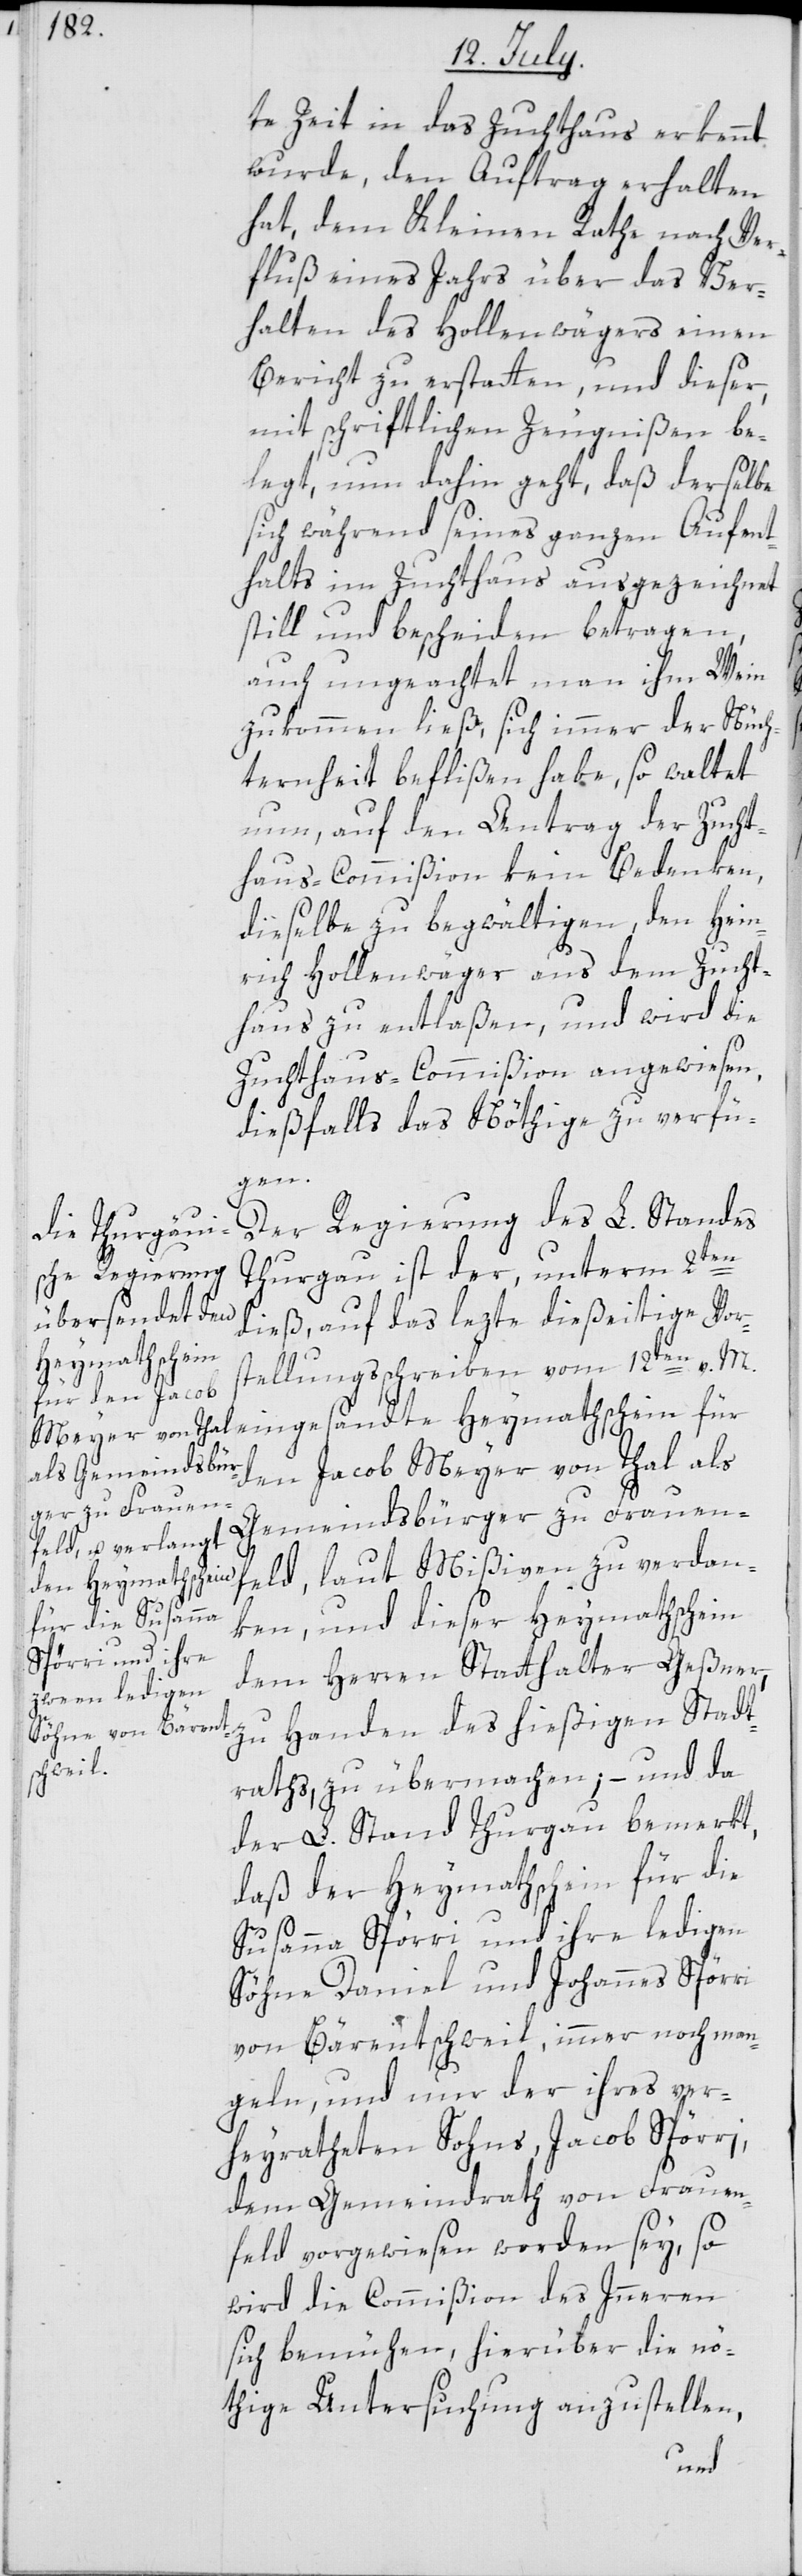
te Zeit in das Zuchthaus erkennt
wurde, den Auftrag erhalten
hat, dem Kleinen Rathe nach Ver¬
fluß eines Jahrs über das Ver¬
halten des Hollenwägers einen
Bericht zu erstatten, und dieser,
mit schriftlichen Zeugnißen be¬
legt, nun dahin geht, daß derselbe
sich während seines ganzen Aufent¬
halts im Zuchthaus ausgezeichnet
still und bescheiden betragen,
auch ungeachtet man ihm Wein
zukommen ließ, sich immer der Nüch¬
ternheit beflißen habe, so waltet
nun, auf den Antrag der Zucht¬
haus-Commißion kein Bedenken,
dieselbe zu begwältigen, den Hein¬
rich Hollenwäger aus dem Zucht¬
haus zu entlaßen, und wird die
Zuchthaus-Commißion angewiesen,
dießfalls das Nöthige zu verfü¬
gen.
Der Regierung des L. Standes
Thurgau ist der, unterm 2ten
dieß, auf das lezte dießeitige Vor¬
stellungsschreiben vom 12ten v. M.
eingesandte Heymathschein für
den Jacob Meyer von Thal als
Gemeindsbürger zu Frauen¬
feld, laut Mißiven zu verdan¬
ken, und dieser Heymathschein
dem Herren Statthalter Geßner,
zu Handen des hießigen Stadt¬
raths, zu übermachen; – und da
der L. Stand Thurgau bemerkt,
daß der Heymathschein für die
Susanna Spörri und ihre ledigen
Söhne Daniel und Johannes Spörri
von Bärentschweil, immer noch man¬
geln, und nur der ihres ver¬
heyratheten Sohns, Jacob Spörri,
dem Gemeindrath von Frauen¬
feld vorgewiesen worden sey, so
wird die Commißion des Innern
sich bemühen, hierüber die nö¬
thige Untersuchung anzustellen,